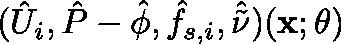
( \hat { U } _ { i } , \hat { P } - \hat { \phi } , \hat { f } _ { s , i } , \hat { \tilde { \nu } } ) ( \mathbf { x ; \theta } )